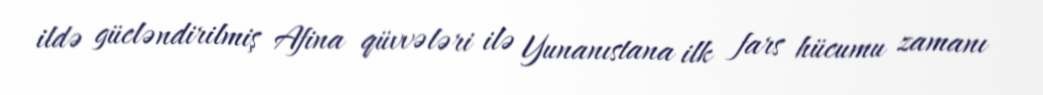
ildə gücləndirilmiş Afina qüvvələri ilə Yunanıstana ilk fars hücumu zamanı